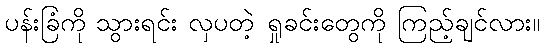
ပန်းခြံကို သွားရင်း လှပတဲ့ ရှုခင်းတွေကို ကြည့်ချင်လား။